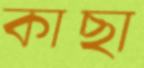
কাছা